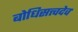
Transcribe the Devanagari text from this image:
बोधिसत्त्वदेव